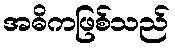
အဓိကဖြစ်သည်